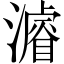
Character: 𤀹